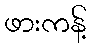
ဖားကန့်